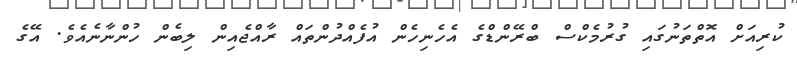
ކުރިއަށް އޮތްތަނުގައި ގުރުމެކްސް ބްރޭންޑްގެ އެހެނިހެން އުފެއްދުންތައް ރާއްޖެއިން ލިބެން ހުންނާނެއެވެ. އޭގެ